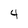
Character: 4